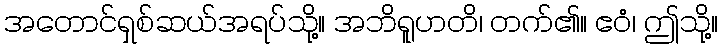
အတောင်ရှစ်ဆယ်အရပ်သို့။ အဘိရူဟတိ၊ တက်၏။ ဧဝံ၊ ဤသို့။